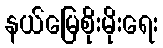
နယ်မြေစိုးမိုးရေး